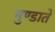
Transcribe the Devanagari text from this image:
मुण्डाते